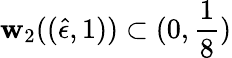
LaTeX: \mathbf{w}_{2}((\hat{{\epsilon}},1))\subset(0,\frac{{1}}{{8}})